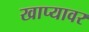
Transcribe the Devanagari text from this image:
खाप्यावर